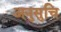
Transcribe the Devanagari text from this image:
अनुसुचि